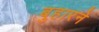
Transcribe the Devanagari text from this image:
बुहारने